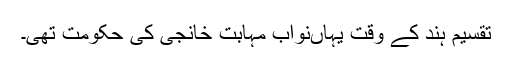
تقسیم ہند کے وقت یہاںنواب مہابت خانجی کی حکومت تھی۔